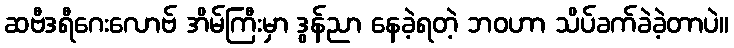
ဆဗီဒရီဂေးလောဗ် အိမ်ကြီးမှာ ဒွန်ညာ နေခဲ့ရတဲ့ ဘဝဟာ သိပ်ခက်ခဲခဲ့တာပဲ။